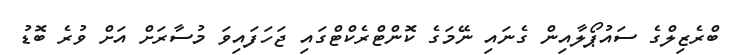
ބްރެޒިލްގެ ސައުޕޯލާއިން ގެނައި ނޭމަގެ ކޮންޓްރެކްޓްގައި ޖަހަފައިވަ މުސާރަށް އަށް ވުރެ ބޮޑު